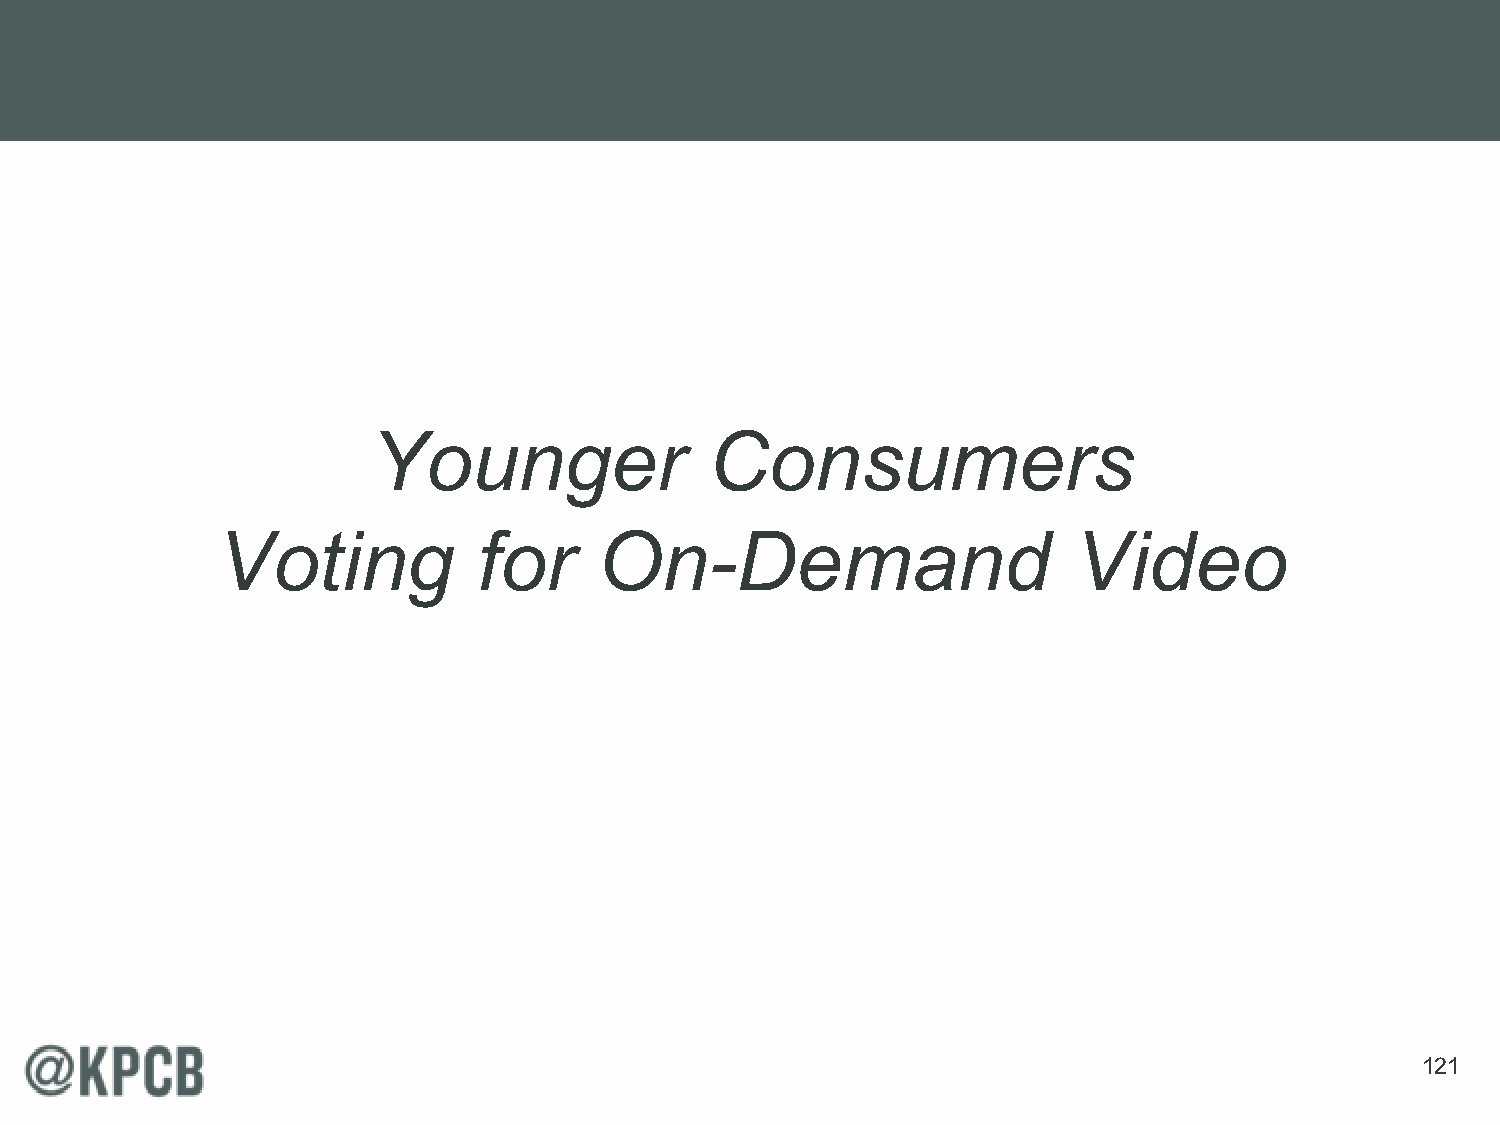
Younger               Consumers
 Voting            for     On-Demand                      Video
 121